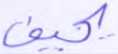
يحيف